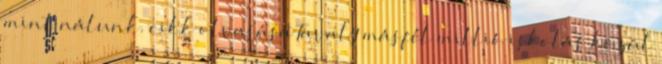
mint nálunk. cikk olvasása Tavaly másfél millió iskolás közül